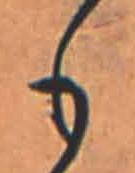
も